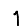
Digit: 1